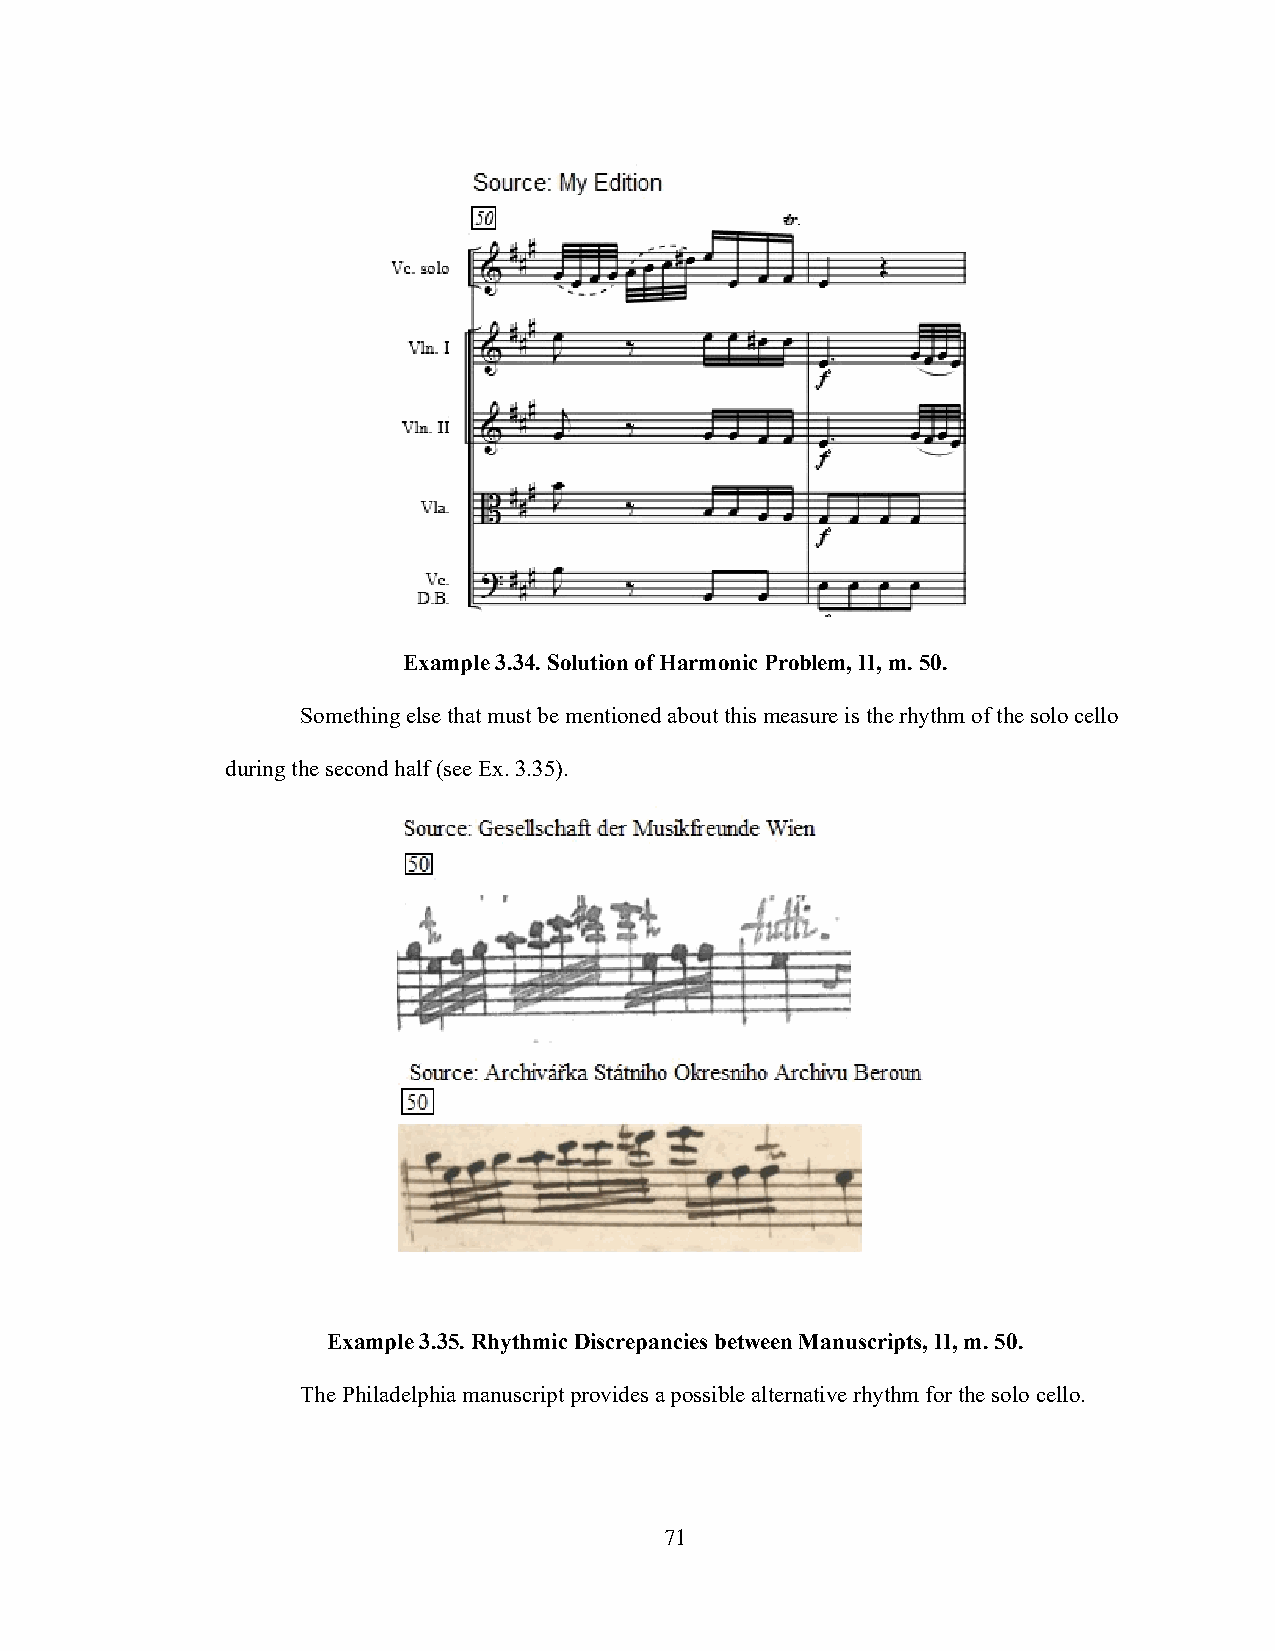
Example 3.34. Solution of Harmonic Problem, II, m. 50.
 Something else that must be mentioned about this measure is the rhythm of the solo cello
 during the second half (see Ex. 3.35).
 Example 3.35. Rhythmic Discrepancies between Manuscripts, II, m. 50.
 The Philadelphia manuscript provides a possible alternative rhythm for the solo cello.
 71